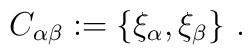
~C_{\alpha \beta} : = \{\xi_\alpha , \xi_\beta\}~.